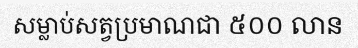
សម្លាប់សត្វប្រមាណជា ៥០០ លាន